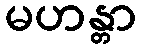
မဟန္တာ